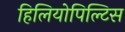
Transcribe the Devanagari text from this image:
हिलियोपिल्टिस